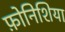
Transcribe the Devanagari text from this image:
फ़ोनिशिया